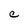
Character: C